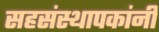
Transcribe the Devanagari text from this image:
सहसंस्थापकांनी